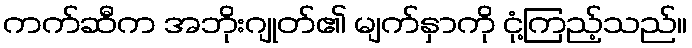
ကက်ဆီက အဘိုးဂျုတ်၏ မျက်နှာကို ငုံ့ကြည့်သည်။